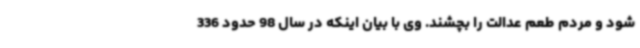
شود و مردم طعم عدالت را بچشند. وی با بیان اینکه در سال 98 حدود 336